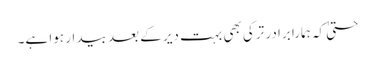
حتیٰ کہ ہمارا برادر ترکی بھی بہت دیر کے بعد بیدار ہوا ہے۔